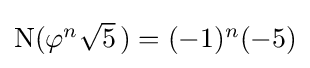
\textstyle \mathrm {N} (\varphi ^{n}{\sqrt {5}}~\!)=(-1)^{n}(-5)